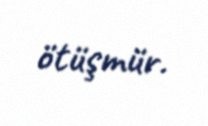
ötüşmür.